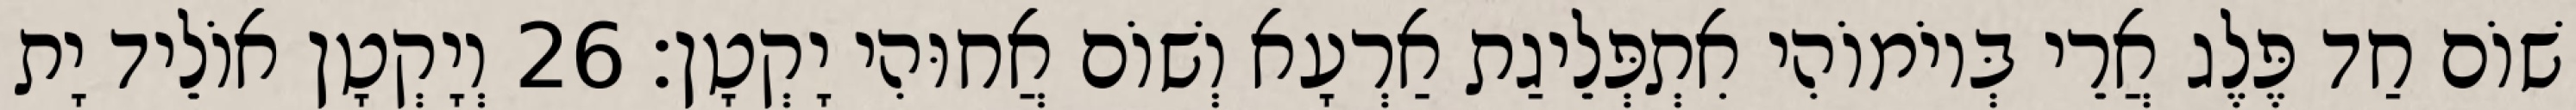
שׁוֹם חַד פֶּלֶג אֲרֵי בְּיוֹמוֹהִי אִתְפְּלֵיגַת אַרְעָא וְשׁוֹם אֲחוּהִי יָקְטָן׃ 26 וְיָקְטָן אוֹלֵיד יָת